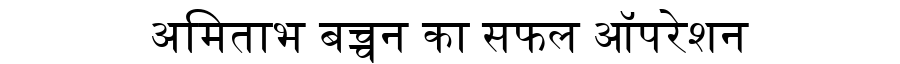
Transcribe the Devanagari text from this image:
अमिताभ बच्चन का सफल ऑपरेशन